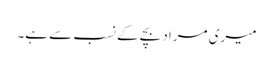
میری مراد بچے کے نسب سے ہے۔